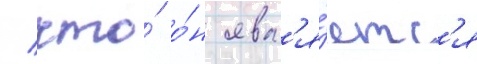
/ что́ о́н явл'я́етс'я